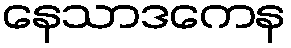
နေသာဒကေန